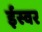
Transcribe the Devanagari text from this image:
ईस्वर